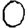
Digit: 0